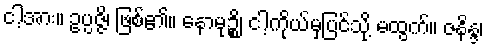
ငါ့အား။ ဥပ္ပဇ္ဇိ၊ ဖြစ်၏။ နောမုဉ္စိ၊ ငါ့ကိုယ်မှပြင်သို့ မထွက်။ ဇနိန္ဒ၊